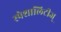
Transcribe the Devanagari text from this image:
स्पेशालिटीज्